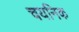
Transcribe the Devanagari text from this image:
चयनिक